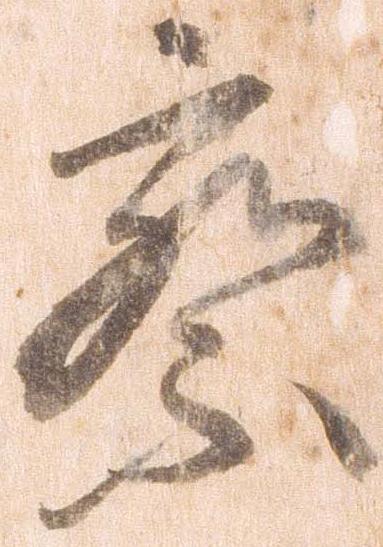
察